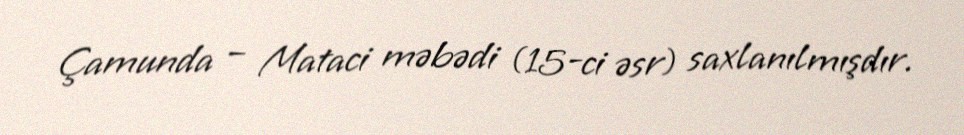
Çamunda – Mataci məbədi (15-ci əsr) saxlanılmışdır.